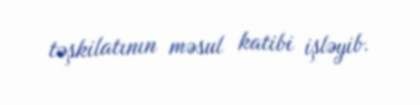
təşkilatının məsul katibi işləyib.